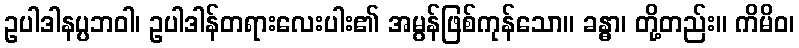
ဥပါဒါနပ္ပဘဝါ၊ ဥပါဒါန်တရားလေးပါး၏ အမွန်ဖြစ်ကုန်သော။ ခန္ဓာ၊ တို့တည်း။ ကိမိဝ၊